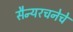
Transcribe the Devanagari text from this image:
सैन्यरचनेचे